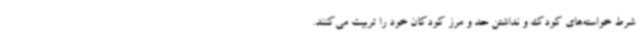
شرط خواسته‌های کودک و نداشتن حد و مرز کودکان خود را تربیت می‌کنند.